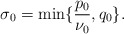
\begin{align*}\sigma_0=\min\{\frac{p_0}{\nu_0}, q_0\}.\end{align*}